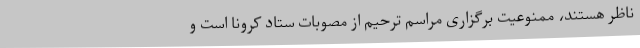
ناظر هستند، ممنوعیت برگزاری مراسم ترحیم از مصوبات ستاد کرونا است و